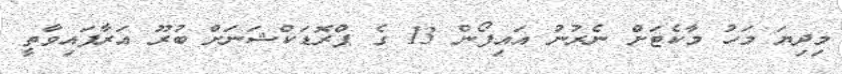
މިދިޔަ މަހު މާކެޓަށް ނެރުނު އައިފޯން 13 ގެ ޕްރޮޑަކްޝަނަށް ބުރޫ އަރާފައިވާތީ